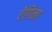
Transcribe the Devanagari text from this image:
ऐंगिला